Code of medical and sanitary regulations for the guidance of medical officers serving in the Madras Presidency - Volume I
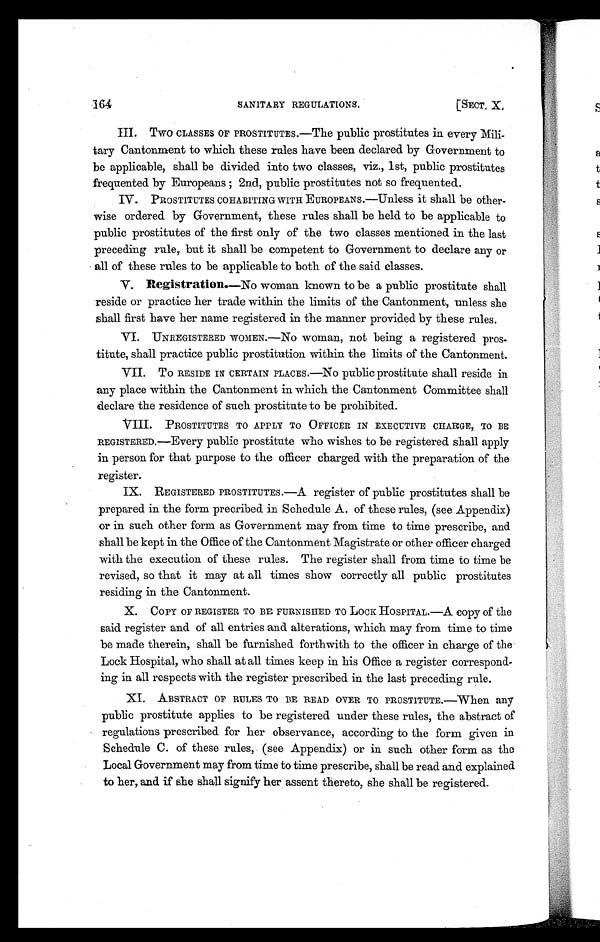
164
SANITARY REGULATIONS.
[SECT. X.
III. Two CLASSES OF PROSTITUTES.—The public prostitutes in every Mili-
tary Cantonment to which these rules have been declared by Government to
be applicable, shall be divided into two classes, viz., 1st, public prostitutes
frequented by Europeans 2nd, public prostitutes not so frequented.
IV. PROSTITUTES COHABITING WITH EUROPEANS.—Unless it shall be other-
wise ordered by Government, these rules shall be held to be applicable to
public prostitutes of the first only of the two classes mentioned in the last
preceding rule, but it shall be competent to Government to declare any or
all of these rules to be applicable to both of the said classes.
V. Registration.—No woman known to be a public prostitute shall
reside or practice her trade within the limits of the Cantonment, unless she
shall first have her name registered in the manner provided by these rules.
VI. UNREGISTERED WOMEN.—No woman, not being a registered pros-
titute, shall practice public prostitution within the limits of the Cantonment.
VII. TO RESIDE IN CERTAIN PLACES.—No public prostitute shall reside in
any place within the Cantonment in which the Cantonment Committee shall
declare the residence of such prostitute to be prohibited.
VIII. PROSTITUTES TO APPLY TO OFFICER IN EXECUTIVE CHARGE, TO BE
REGISTERED.—Every public prostitute who wishes to be registered shall apply
in person for that purpose to the officer charged with the preparation of the
register.
IX.
REGISTERED PROSTITUTES.—A register of public prostitutes shall be
prepared in the form precribed in Schedule A. of these rules, (see Appendix)
or in such other form as Government may from time to time prescribe, and
shall be kept in the Office of the Cantonment Magistrate or other officer charged
with the execution of these rules. The register shall from time to time be
revised, so that it may at all times show correctly all public prostitutes
residing in the Cantonment.
X.
COPY OF REGISTER TO BE FURNISHED TO LOCK HOSPITAL.—A copy of the
said register and of all entries and alterations, which may from time to time
be made therein, shall be furnished forthwith to the officer in charge of the
Lock Hospital, who shall at all times keep in his Office a register correspond-
ing in all respects with the register prescribed in the last preceding rule.
XI.
ABSTRACT OF RULES TO BE READ OVER TO PROSTITUTE.—When any
public prostitute applies to be registered under these rules, the abstract of
regulations prescribed for her observance, according to the form given in
Schedule C. of these rules, (see Appendix) or in such other form as the
Local Government may from time to time prescribe, shall be read and explained
to her, and if she shall signify her assent thereto, she shall be registered.